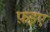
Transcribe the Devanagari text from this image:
फ़इए